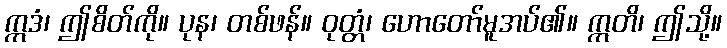
ဣဒံ၊ ဤစိတ်ကို။ ပုန၊ တစ်ဖန်။ ဝုတ္တံ၊ ဟောတော်မူအပ်၏။ ဣတိ၊ ဤသို့။